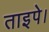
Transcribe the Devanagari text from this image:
ताइपे।